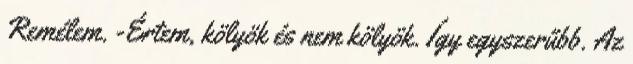
Remélem. -Értem, kölyök és nem kölyök. Így egyszerűbb. Az